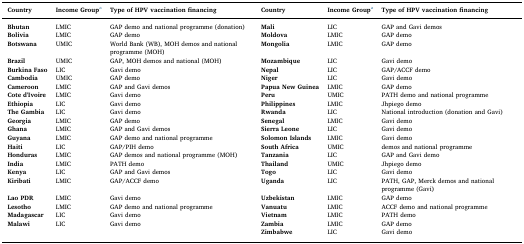
<table><thead><tr><td><b>Country</b></td><td><b>Income Groupa</b></td><td><b>Type of HPV vaccination financing</b></td><td><b>Country</b></td><td><b>Income Groupa</b></td><td><b>Type of HPV vaccination financing</b></td></tr></thead><tbody><tr><td><b>Bhutan</b></td><td>LMIC</td><td>GAP demo and national programme (donation)</td><td><b>Mali</b></td><td>LIC</td><td>GAP and Gavi demos</td></tr><tr><td><b>Bolivia</b></td><td>LMIC</td><td>GAP demo</td><td><b>Moldova</b></td><td>LMIC</td><td>GAP demo</td></tr><tr><td><b>Botswana</b></td><td>UMIC</td><td>World Bank (WB), MOH demos and national programme (MOH)</td><td><b>Mongolia</b></td><td>LMIC</td><td>GAP demo</td></tr><tr><td><b>Brazil</b></td><td>UMIC</td><td>GAP, MOH demos and national (MOH)</td><td><b>Mozambique</b></td><td>LIC</td><td>Gavi demo</td></tr><tr><td><b>Burkina Faso</b></td><td>LIC</td><td>Gavi demo</td><td><b>Nepal</b></td><td>LIC</td><td>GAP/ACCF demo</td></tr><tr><td><b>Cambodia</b></td><td>UMIC</td><td>GAP demo</td><td><b>Niger</b></td><td>LIC</td><td>Gavi demo</td></tr><tr><td><b>Cameroon</b></td><td>LMIC</td><td>GAP and Gavi demos</td><td><b>Papua New Guinea</b></td><td>LMIC</td><td>GAP demo</td></tr><tr><td><b>Cote d&#x27;Ivoire</b></td><td>LMIC</td><td>Gavi demo</td><td><b>Peru</b></td><td>UMIC</td><td>PATH demo and national programme</td></tr><tr><td><b>Ethiopia</b></td><td>LIC</td><td>Gavi demo</td><td><b>Philippines</b></td><td>LMIC</td><td>Jhpiego demo</td></tr><tr><td><b>The Gambia</b></td><td>LIC</td><td>Gavi demo</td><td><b>Rwanda</b></td><td>LIC</td><td>National introduction (donation and Gavi)</td></tr><tr><td><b>Georgia</b></td><td>LMIC</td><td>GAP demo</td><td><b>Senegal</b></td><td>LMIC</td><td>Gavi demo</td></tr><tr><td><b>Ghana</b></td><td>LMIC</td><td>GAP and Gavi demos</td><td><b>Sierra Leone</b></td><td>LIC</td><td>Gavi demo</td></tr><tr><td><b>Guyana</b></td><td>LMIC</td><td>GAP demo and national programme</td><td><b>Solomon Islands</b></td><td>LMIC</td><td>Gavi demo</td></tr><tr><td><b>Haiti</b></td><td>LIC</td><td>GAP/PIH demo</td><td><b>South Africa</b></td><td>UMIC</td><td>demos and national programme</td></tr><tr><td><b>Honduras</b></td><td>LMIC</td><td>GAP demos and national programme (MOH)</td><td><b>Tanzania</b></td><td>LIC</td><td>GAP and Gavi demo</td></tr><tr><td><b>India</b></td><td>LMIC</td><td>PATH demo</td><td><b>Thailand</b></td><td>UMIC</td><td>Jhpiego demo</td></tr><tr><td><b>Kenya</b></td><td>LIC</td><td>GAP and Gavi demos</td><td><b>Togo</b></td><td>LIC</td><td>Gavi demo</td></tr><tr><td><b>Kiribati</b></td><td>LMIC</td><td>GAP/ACCF demo</td><td><b>Uganda</b></td><td>LIC</td><td>PATH, GAP, Merck demos and national programme (Gavi)</td></tr><tr><td><b>Lao PDR</b></td><td>LMIC</td><td>Gavi demo</td><td><b>Uzbekistan</b></td><td>LMIC</td><td>GAP demo</td></tr><tr><td><b>Lesotho</b></td><td>LMIC</td><td>GAP demo and national programme</td><td><b>Vanuatu</b></td><td>LMIC</td><td>ACCF demo and national programme</td></tr><tr><td><b>Madagascar</b></td><td>LIC</td><td>Gavi demo</td><td><b>Vietnam</b></td><td>LMIC</td><td>PATH demo</td></tr><tr><td><b>Malawi</b></td><td>LIC</td><td>Gavi demo</td><td><b>Zambia</b></td><td>LMIC</td><td>GAP demo</td></tr><tr><td></td><td></td><td></td><td><b>Zimbabwe</b></td><td>LIC</td><td>Gavi demo</td></tr></tbody></table>